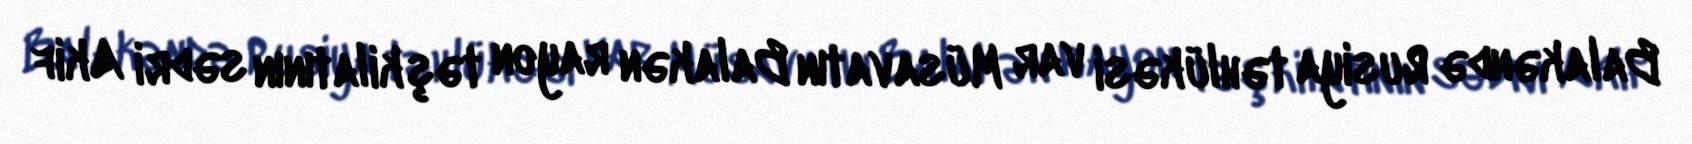
Balakəndə Rusiya təhlükəsi var Müsavatın Balakən rayon təşkilatının sədri Akif